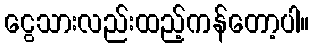
ငွေသားလည်းထည့်ကန်တော့ပါ။